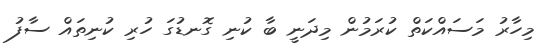
މިހާރު މަސައްކަތް ކުރަމުން މިދަނީ ބާ ކުނި ގޮނޑުގަ ހުރި ކުނިތައް ސާފު